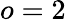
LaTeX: o=2